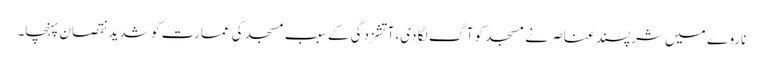
ناروے میں شرپسند عناصر نے مسجد کو آگ لگا دی، آتشزدگی کے سبب مسجد کی عمارت کو شدید نقصان پہنچا۔